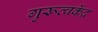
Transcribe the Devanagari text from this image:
गुरूत्वकेंद्र